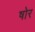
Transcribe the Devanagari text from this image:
षोर